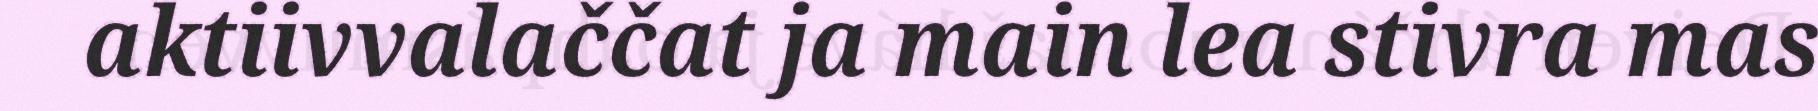
aktiivvalaččat ja main lea stivra mas